Annual administration report of the Civil Veterinary Department of India - 1898-1899
Year: 1898
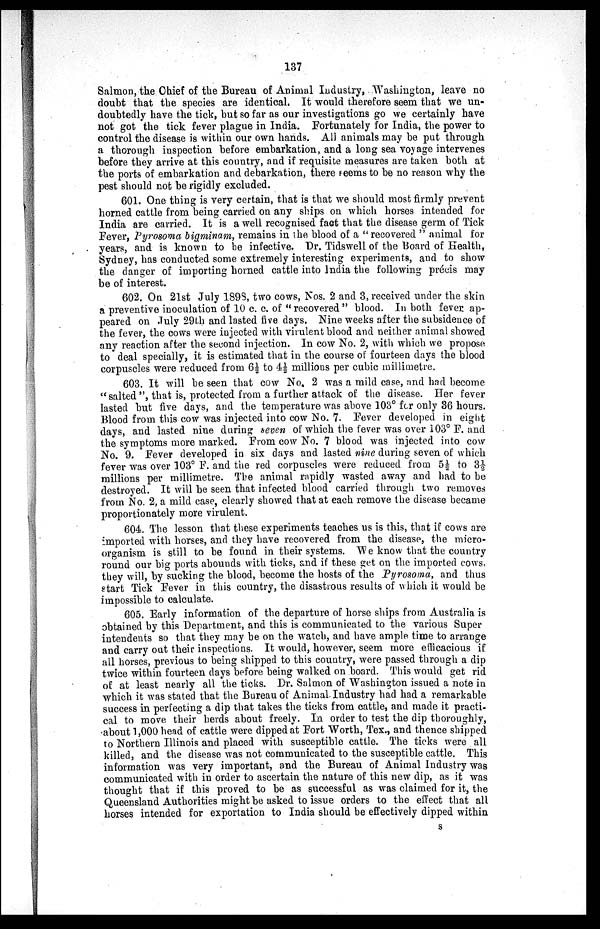
137
Salmon, the Chief of the Bureau of Animal Industry, Washington, leave no
doubt that the species are identical. It would therefore seem that we un-
doubtedly have the tick, but so far as our investigations go we certainly have
not got the tick fever plague in India. Fortunately for India, the power to
control the disease is within our own hands. All animals may be put through
a thorough inspection before embarkation, and a long sea voyage intervenes
before they arrive at this country, and if requisite measures are taken both at
the ports of embarkation and debarkation, there seems to be no reason why the
pest should not be rigidly excluded.
601. One thing is very certain, that is that we should most firmly prevent
horned cattle from being carried on any ships on which horses intended for
India are carried. It is a well recognised fact that the disease germ of Tick
Fever, Pyrosoma bigminam, remains in the blood of a "recovered" animal for
years, and is known to be infective. Dr. Tidswell of the Board of Health,
Sydney, has conducted some extremely interesting experiments, and to show
the danger of importing homed cattle into India the following précis may
be of interest.
602. On 21st July 1898, two cows, Nos. 2 and 3, received under the skin
a preventive inoculation of 10 c. c. of " recovered " blood. In both fever ap-
peared on July 29th and lasted five days. Nine weeks after the subsidence of
the fever, the cows were injected with virulent blood and neither animal showed
any reaction after the second injection. In cow No. 2, with which we propose
to deal specially, it is estimated that in the course of fourteen days the blood
corpuscles were reduced from 6½ to 4½ millions per cubic millimetre.
603. It will be seen that cow No. 2 was a mild case, and had become
"salted", that is, protected from a further attack of the disease. Her fever
lasted but five days, and the temperature was above 103° for only 36 hours.
Blood from this cow was injected into cow No. 7. Fever developed in eight
days, and lasted nine during seven of which the fever was over 103° F. and
the symptoms more marked. From cow No. 7 blood was injected into cow
No. 9. Fever developed in six days and lasted nine during seven of which
fever was over 103° F. and the red corpuscles were reduced from 5½ to 3½
millions per millimetre. The animal rapidly wasted away and had to be
destroyed. It will be seen that infected blood carried through two removes
from No. 2, a mild case, clearly showed that at each remove the disease became
proportionately more virulent.
604. The lesson that these experiments teaches us is this, that if cows are
imported with horses, and they have recovered from the disease, the micro-
organism is still to be found in their systems. We know that the country
round our big ports abounds with ticks, and if these get on the imported cows,
they will, by sucking the blood, become the hosts of the Pyrosoma, and thus
start Tick Fever in this country, the disastrous results of which it would be
impossible to calculate.
605. Early information of the departure of horse ships from Australia is
obtained by this Department, and this is communicated to the various Super
intendents so that they may be on the watch, and have ample time to arrange
and carry out their inspections. It would, however, seem more efficacious if
all horses, previous to being shipped to this country, were passed through a dip
twice within fourteen days before being walked on board. This would get rid
of at least nearly all the ticks. Dr. Salmon of Washington issued a note in
which it was stated that the Bureau of Animal Industry had had a remarkable
success in perfecting a dip that takes the ticks from cattle, and made it practi-
cal to move their herds about freely. In order to test the dip thoroughly,
about 1,000 head of cattle were dipped at Fort Worth, Tex., and thence shipped
to Northern Illinois and placed with susceptible cattle. The ticks were all
killed, and the disease was not communicated to the susceptible cattle. This
information was very important, and the Bureau of Animal Industry was
communicated with in order to ascertain the nature of this new dip, as it was
thought that if this proved to be as successful as was claimed for it, the
Queensland Authorities might be asked to issue orders to the effect that all
horses intended for exportation to India should be effectively dipped within
S